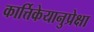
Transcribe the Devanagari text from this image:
कार्त्तिकेयानुप्रेक्षा